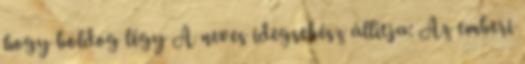
hogy boldog légy A neves idegsebész állítja: Az emberi